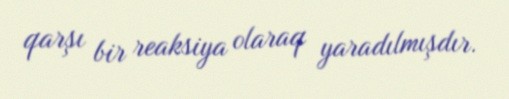
qarşı bir reaksiya olaraq yaradılmışdır.